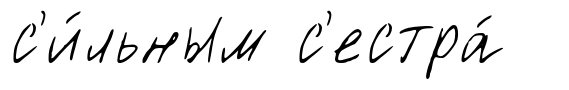
с'и́льным с'естра́